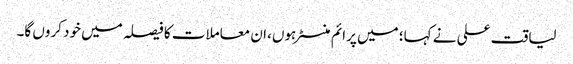
لیاقت علی نے کہا؛ میں پرائم منسٹر ہوں، ان معاملات کا فیصلہ میں خود کروں گا۔